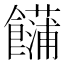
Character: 𩟢